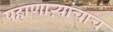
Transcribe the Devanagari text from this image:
पहाणाऱ्यांचाच